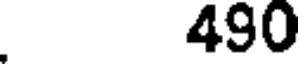
490